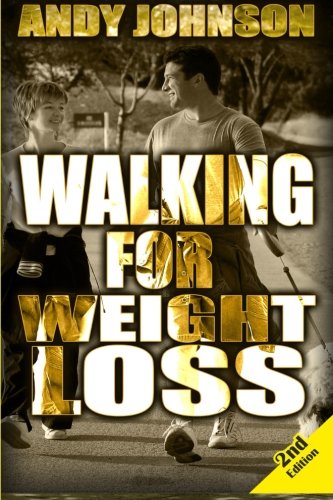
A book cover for Walking for Weight Loss: Get in Shape, Feel Confident and be Healthier for life; Andy Johnson; Health, Fitness & Dieting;